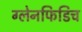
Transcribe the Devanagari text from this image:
ग्लेनफिडिच